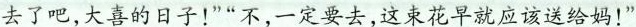
去了吧,大喜的日子!”“不,一定要去,这束花早就应该送给妈!”